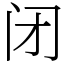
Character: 闭